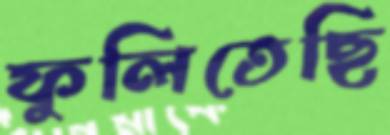
ফুলিতেছি